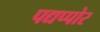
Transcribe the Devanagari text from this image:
पद्यप्पोर